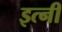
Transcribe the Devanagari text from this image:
इत्नी